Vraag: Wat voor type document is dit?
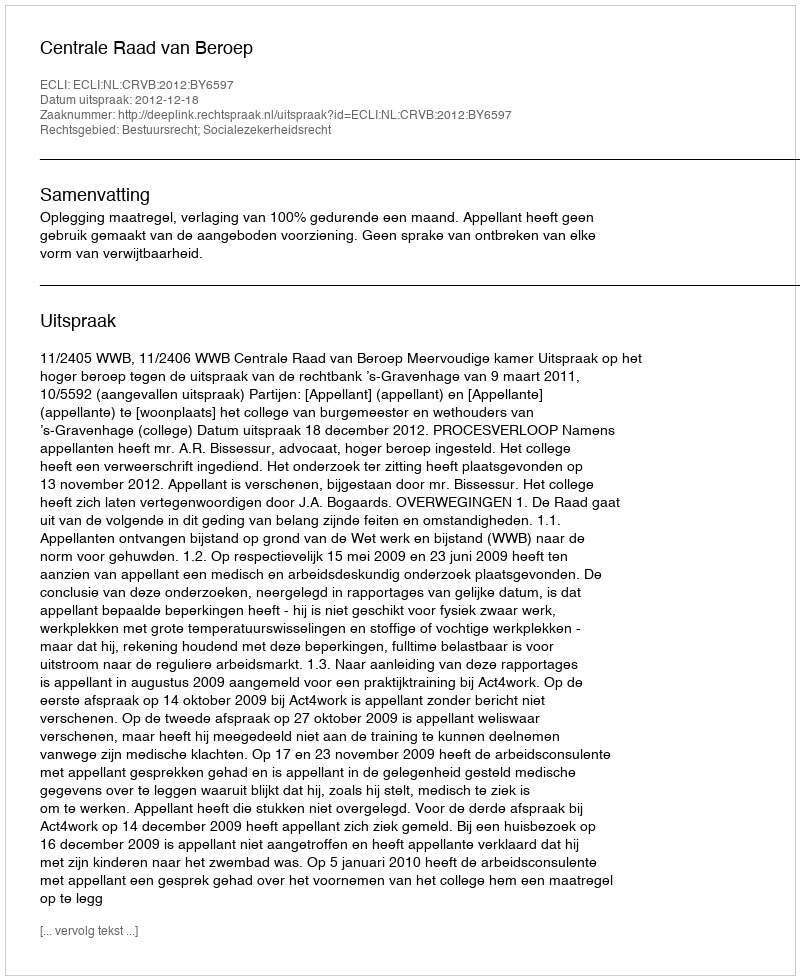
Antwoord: Uitspraak